Papers set at the Examination for Leaving Certificates, 1893
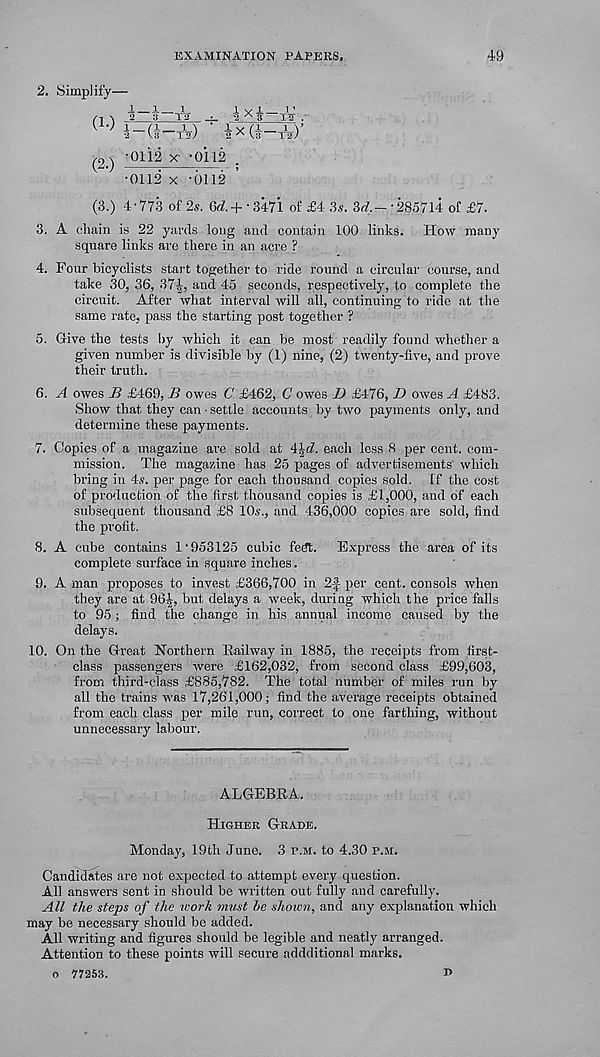
EXAMINATION PAPERS,
49
2. Simplify—
(1-)
1—1. 2 y "T2
1 __ (I- -V)
“T¥
2^3' tV ■
2 x (§—A)
^2^ -0112 x -om
•0112 x -6112
(3.) 4-773 of 2«. Qd.+ ■ 3471 of £4 3s. 3f7.--285714 of £7.
3. A chain is 22 yards long and contain 100 links. How many
square links are there in an acre ?
4. Four bicyclists start together to ride round a circular course, and
take 30, 36, 37^-, and 45 seconds, respectively, to complete the
circuit. After what interval will all, continuing to ride at the
same rate, pass the starting post together ?
5. Give the tests by which it can be most readily found whether a
given number is divisible by (1) nine, (2) twenty-five, and prove
their truth.
6. A owes B £469, B owes C' £462, C owes D £476, D owes A £483.
Show that they can • settle accounts by two payments only, and
determine these payments.
7. Copies of a magazine are sold at A\d. each less 8 per cent, com-
mission. The magazine has 25 pages of advertisements' which
bring in 4s. per page for each thousand copies sold. If the cost
of production of the first thousand copies is £1,000, and of each
subsequent thousand £8 10,?., and 436,000 copies are sold, find
the profit.
8. A cube contains 1-953125 cubic fedt. Express the area of its
complete surface in square inches.
9. A man proposes to invest £366,700 in 2f per cent, consols when
they are at 96^, but delays a week, during which the price falls
to 95; find the change in his annual income caused by the
delays.
10. On the Great Northern Railway in 1885, the receipts from first-
class passengers were £162,032, from second class £99,603,
from third-class £885,782. The total number of miles run by
all the trains was 17,261,000; find the average receipts obtained
from each class per mile run, correct to one farthing, without
unnecessary labour.
ALGEBRA.
Higher Grade.
Monday, 19th June. 3 p.m. to 4.30 p.m.
Candidates are not expected to attempt every question.
All answers sent in should be written out fully and carefully.
All the steps of the work must he shown, and any explanation which
may be necessary should be added.
All writing and figures should be legible and neatly arranged.
Attention to these points will secure addditional marks,
o 77253.
D